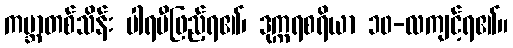
ကမ္ဘာတစ်သိန်း ပါရမီဖြည့်ရ၏၊ ဒုက္ကရစရိယာ ၁၀-လကျင့်ရ၏။